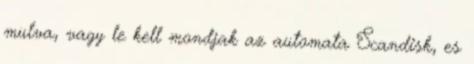
mulva, vagy le kell mondjak az automata Scandisk, es